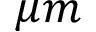
\mu m